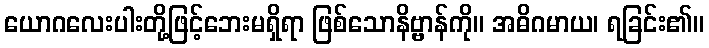
ယောဂလေးပါးတို့ဖြင့်ဘေးမရှိရာ ဖြစ်သောနိဗ္ဗာန်ကို။ အဓိဂမာယ၊ ရခြင်း၏။